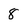
Character: 8